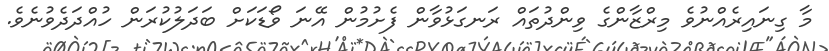
މާ ގިނައިރެއްނުވެ މިރްޒާންގެ ވިންދުތައް ރަނގަޅުވާން ފެށުމުން އޭނަ ވޯޑަކަށް ބަދަލުކުރަން ހުއްދަދެވުނެވެ.